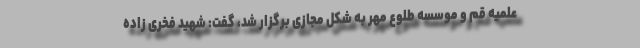
علمیه قم و موسسه طلوع مهر به شکل مجازی برگزار شد، گفت: شهید فخری زاده